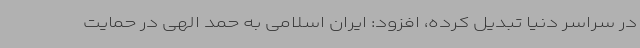
در سراسر دنیا تبدیل کرده، افزود: ایران اسلامی به حمد الهی در حمایت